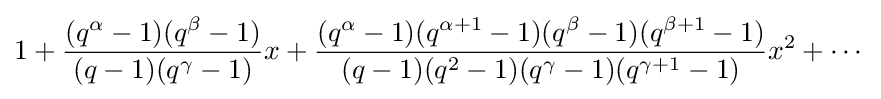
1+{\frac {(q^{\alpha }-1)(q^{\beta }-1)}{(q-1)(q^{\gamma }-1)}}x+{\frac {(q^{\alpha }-1)(q^{\alpha +1}-1)(q^{\beta }-1)(q^{\beta +1}-1)}{(q-1)(q^{2}-1)(q^{\gamma }-1)(q^{\gamma +1}-1)}}x^{2}+\cdots